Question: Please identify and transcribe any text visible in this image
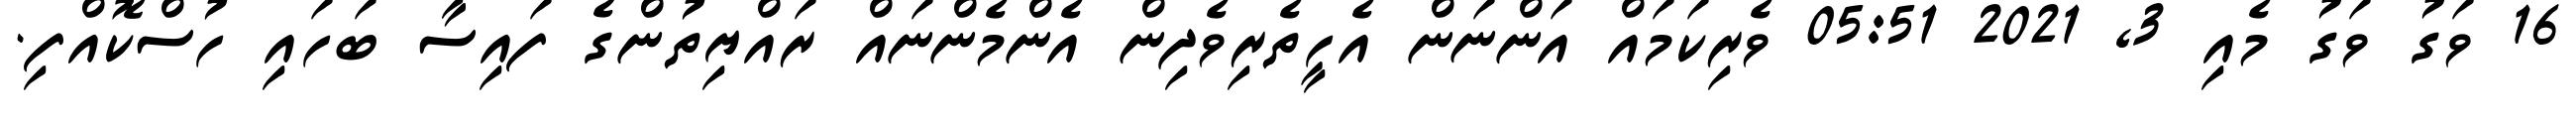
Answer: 16 ވަގު ވަގު މެއި 3, 2021 05:51 ވެރިކަމައް އަންނަން އެހީތެރިވެދިން އެންމެންނައް ރައްޔިތުންގެ ފައިސާ ބަހައި ހުސްކޮއްފި.